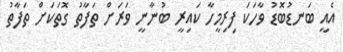
އެއީ ބަނޑުބޮޑު ވާހަކަ ފިރިމީހާ ކައިރީ ބުނާނީ ވަރަށް ތަފާތު ގޮތަކަށް ތަފާތު